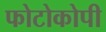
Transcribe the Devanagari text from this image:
फोटोकोपी